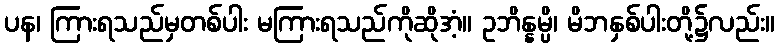
ပန၊ ကြားရသည်မှတစ်ပါး မကြားရသည်ကိုဆိုအံ့။ ဥဘိန္နမ္ပိ၊ မိဘနှစ်ပါးတို့၌လည်း။